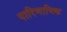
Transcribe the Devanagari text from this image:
पारिणामिक